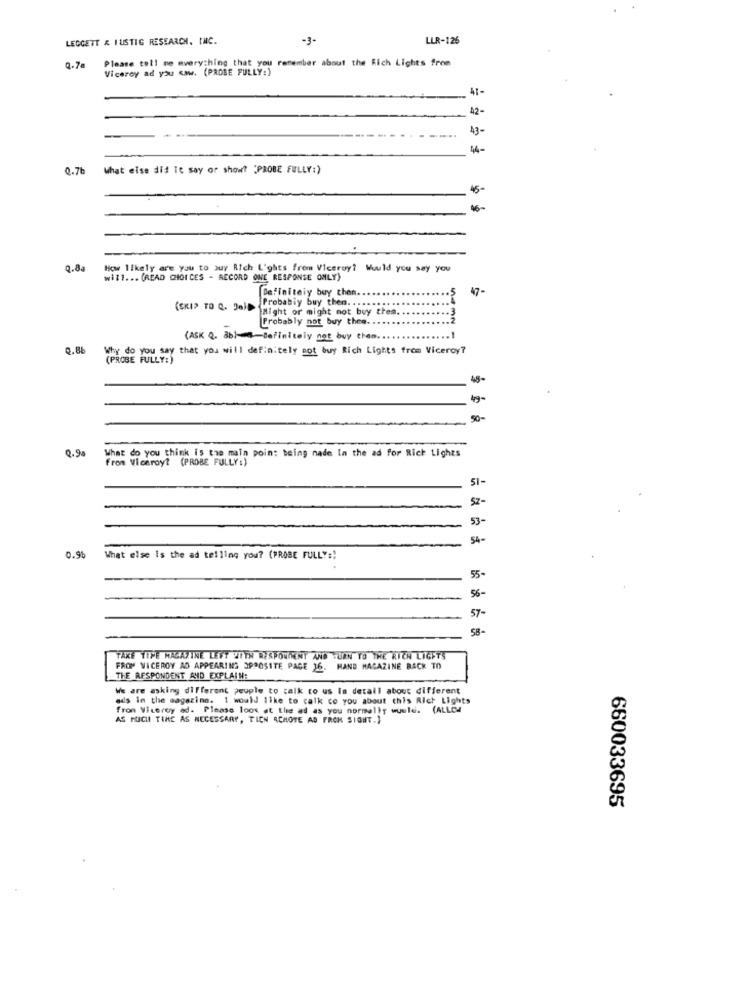
LEGGETT & LUSTIG RESEARCH, INC.
-3-
LLR-126
Please tell me mverything that you remember about the Rich Lights from
Q-7a
Viceroy ad you saw. (PROBE FULLY:)
41-
42-
43-
4-
0.7b
What else did It say or show? "PROBE FULLY:)
45-
Q.Ba
How likely are you to buy Rich L'ghts from Viceroy? Would you say you
will. .. (READ CHOICES - RECORD ONE RESPONSE ONLY)
Definitely buy chen
47-
(SKIP TO Q. DaID
Probably buy then. . . .. .
Might or might not buy thea.
Probably not buy thee. ..
(ASK Q. 3b)Definitely not buy cham.
Q.Bb
Why do you say that you will definitely not buy Rich Lights from Viceroy?
(PROBE FULLY:)
45-
4g-
50-
0.90
What do you think is the main poin: being nade In the ad for Rich Lights
From Viceroy? (PROBE FULLY:)
SI-
5z-
53-
54-
0.96
What else Is the ad telling you? (PROBE FULLY:)
55-
56-
57-
58-
TAKE TIME MAGAZINE LEFT WITH RESPONDENT AND TURN TO THE RICH LIGETS
FROM VICEROY AD APPEARING OPPOSITE PAGE 16.
HAND MAGAZINE BACK TO
THE RESPONDENT AND EXPLAIN:
We are asking different peuple to talk to us la detail about different
ads in the magazine. 1 would like to calk co you about this Rich
from Viceroy ad. Please look at the ad as you normally wwwle. (ALLEM
AS PUCHI TINE AS NECESSARY, TICH ACHOTE AD FROM SIGHT.)
660033695